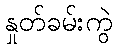
နှုတ်ခမ်းကွဲ